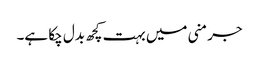
جرمنی میں بہت کچھ بدل چکا ہے۔